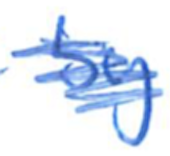
Text: by
Cross-out: scratch
Writing tool: ballpoint